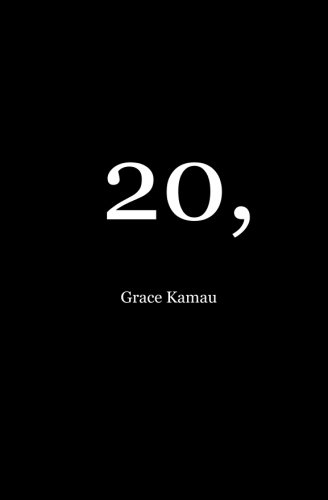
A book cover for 20,; Grace Kamau; Literature & Fiction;